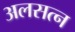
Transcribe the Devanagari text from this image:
अलसत्न